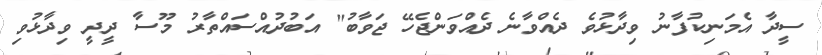
ސީދާ އެމަނިކުފާނު ވިދާޅުވެ ދެއްވާނެ ދެއްވަންޖެހޭ ޖަވާބު" އަބުދުއްސައްތާރު މޫސާ ދީދީ ވިދާޅުވި